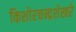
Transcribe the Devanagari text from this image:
किशोरचन्द्रशेखरे